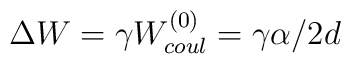
\Delta W = \gamma W^{(0)}_{coul} = \gamma \alpha / 2d